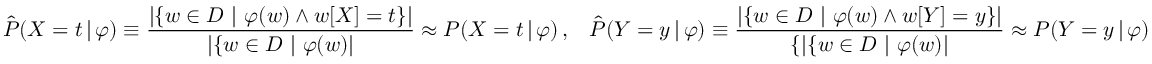
\hat { P } ( X = t \, | \, \varphi ) \equiv \frac { | \{ w \in D \ | \ \varphi ( w ) \wedge w [ X ] = t \} | } { | \{ w \in D \ | \ \varphi ( w ) | } \approx P ( X = t \, | \, \varphi ) \, , \; \; \; \hat { P } ( Y = y \, | \, \varphi ) \equiv \frac { | \{ w \in D \ | \ \varphi ( w ) \wedge w [ Y ] = y \} | } { \{ | \{ w \in D \ | \ \varphi ( w ) | } \approx P ( Y = y \, | \, \varphi )